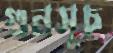
গুনসূচ